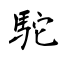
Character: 駝